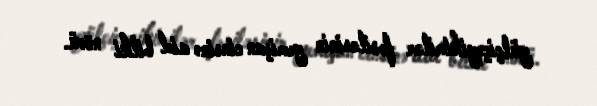
gülçiçəyikimilər fəsiləsinin yemişan cinsinə aid bitki növü.